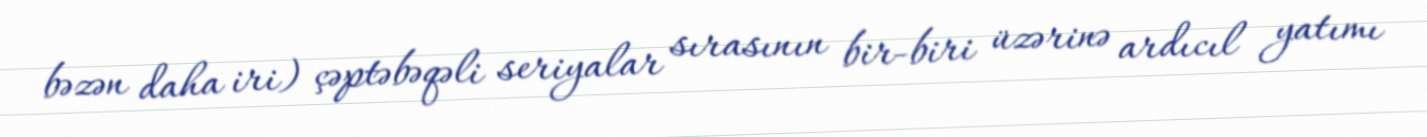
bəzən daha iri) çəptəbəqəli seriyalar sırasının bir-biri üzərinə ardıcıl yatımı